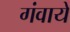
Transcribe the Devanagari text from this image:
गंवाये